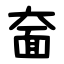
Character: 奤